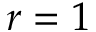
r = 1